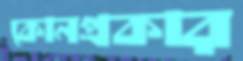
কোনপ্রকার